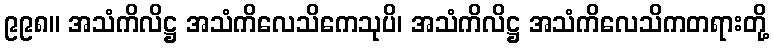
၉၉၈။ အသံကိလိဋ္ဌ အသံကိလေသိကေသုပိ၊ အသံကိလိဋ္ဌ အသံကိလေသိကတရားတို့